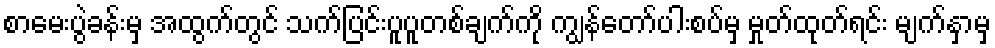
စာမေးပွဲခန်းမှ အထွက်တွင် သက်ပြင်းပူပူတစ်ချက်ကို ကျွန်တော်ပါးစပ်မှ မှုတ်ထုတ်ရင်း မျက်နှာမှ